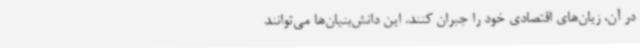
در آن، زیان‌های اقتصادی خود را جبران کنند. این دانش‌بنیان‌ها می‌توانند